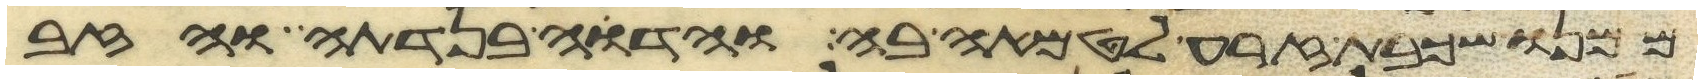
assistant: ממנו שכבת זרע לטמאה בה והדוה בנדתה והזב